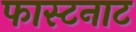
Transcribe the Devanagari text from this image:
फास्टनाट